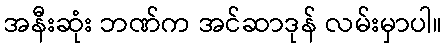
အနီးဆုံး ဘဏ်က အင်ဆာဒုန် လမ်းမှာပါ။